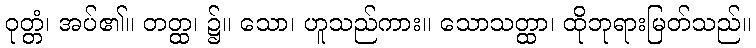
ဝုတ္တံ၊ အပ်၏။ တတ္ထ၊ ၌။ သော၊ ဟူသည်ကား။ သောသတ္ထာ၊ ထိုဘုရားမြတ်သည်။